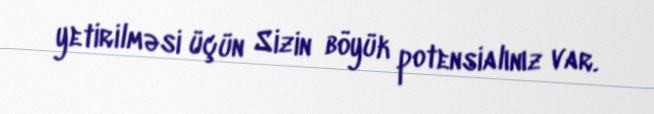
yetirilməsi üçün Sizin böyük potensialınız var.